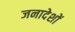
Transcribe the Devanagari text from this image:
जनादेशों